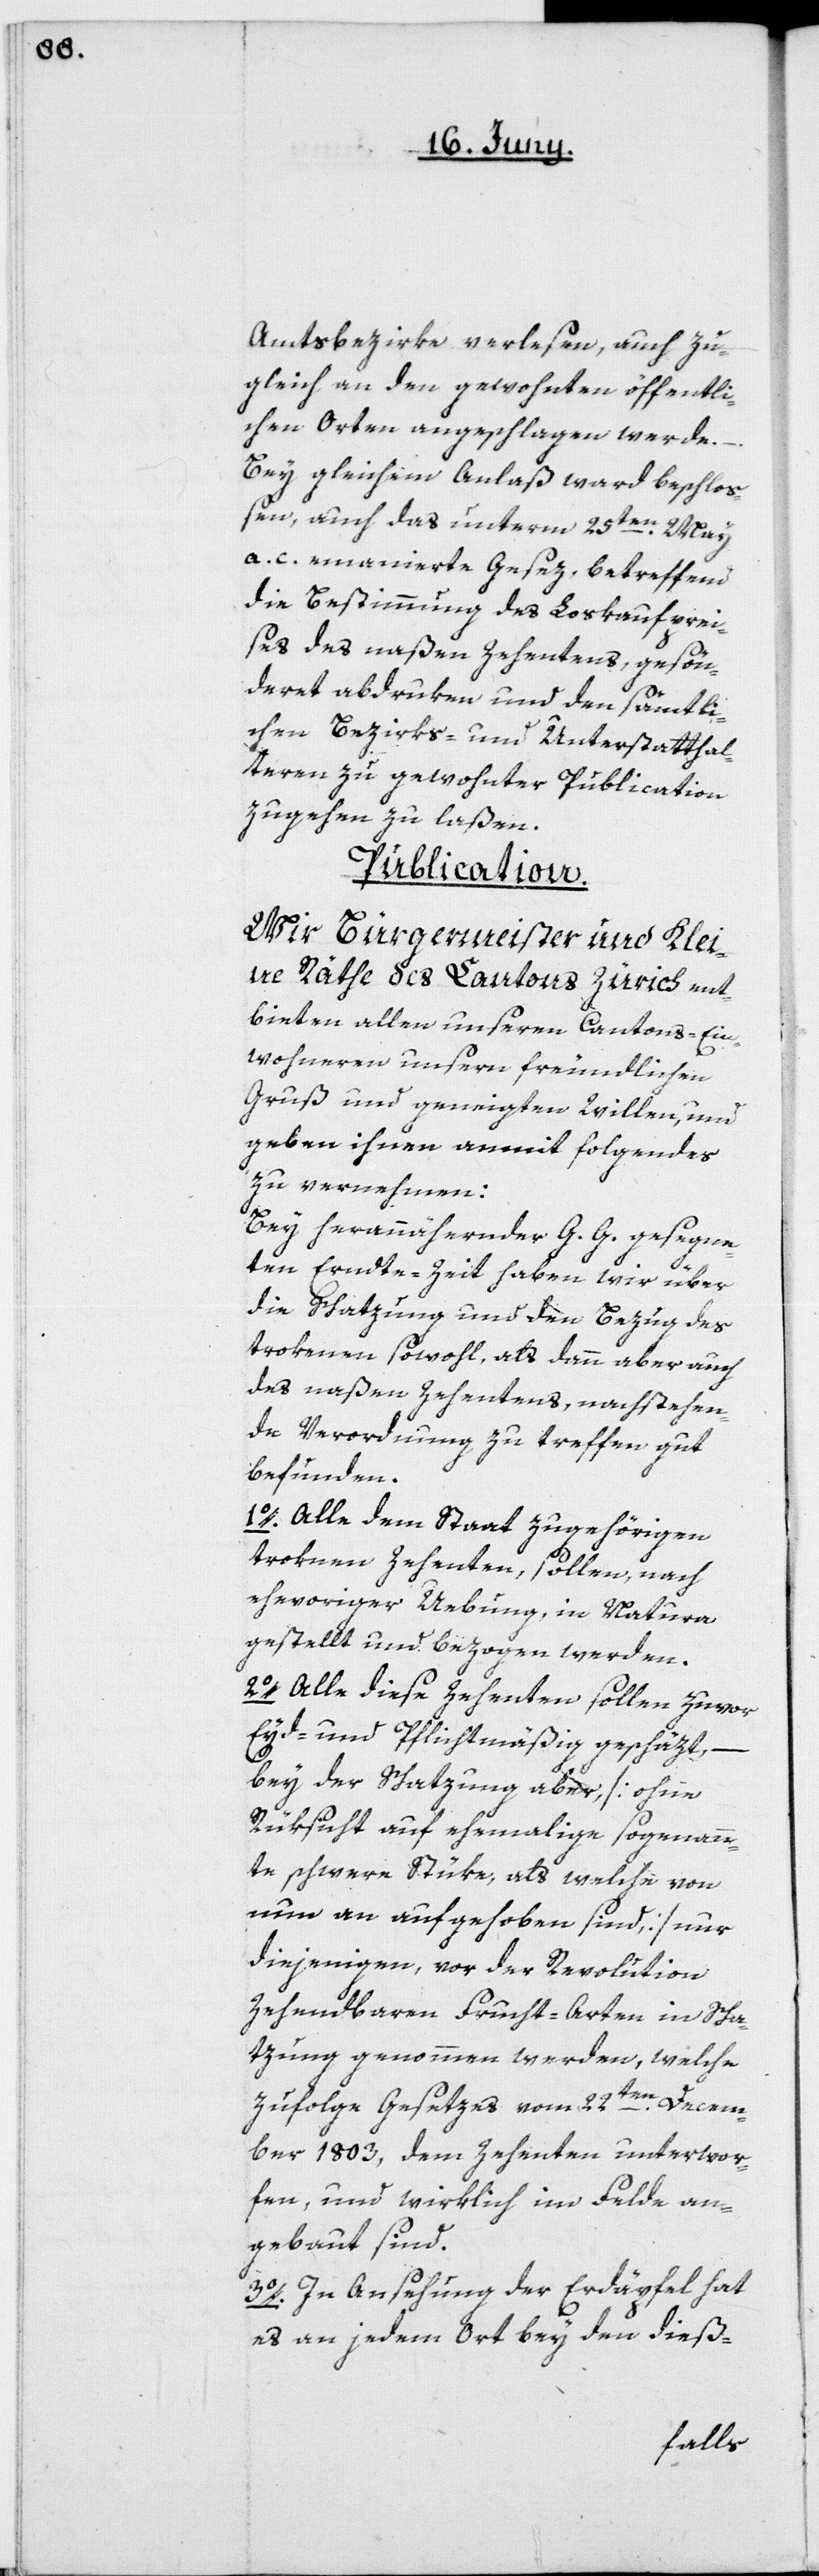
Amtsbezirke verlesen, auch zu¬
gleich an den gewohnten öffentli¬
chen Orten angeschlagen werde.
–
Bey gleichem Anlaß ward beschlo¬
ßen, auch das unterm 25ten May
a. c. emanierte Gesez, betreffend
die Bestimmung des Loskaufprei¬
ses des naßen Zehentens, gesön¬
deret abdruken und den sämtli¬
ch Bezirks- und Unterstatthal¬
teren zu gewohnter Publication
zugehen zu laßen.
Publication.
Wir Bürgermeister und Klei¬
ne Räthe des Cantons Zürich ent¬
bieten allen unseren Cantons-Ein¬
wohneren unsern freundlichen
Gruß und geneigten Willen, und
geben ihnen anmit Folgendes
zu vernehmen:
Bey herannähernder G. G. gesegne¬
ten Ernte-Zeit haben wir über
die Schatzung und den Bezug des
trokenen sowohl, als dann aber auch
des naßen Zehentens, nachstehen¬
de Verordnung zu treffen gut
befunden.
1o. Alle dem Staat zugehörigen
troknen Zehenten, sollen nach
ehevoriger Uebung in Natura
gestellt und bezogen werden.
2o. Alle diese Zehenten sollen zuvor
Eyd- und Pflichtmäßig geschäzt,
–
bey der Schatzung aber [ohne
Rüksicht auf ehemalige sogenann¬
te schwere Stüke, als welche von
nun an aufgehoben sind] nur
diejenigen, vor der Revolution
zehendbaren Frucht-Arten in Scha¬
tzung genommen werden, welche
zufolge Gesetzes vom 22ten Decem¬
ber 1803, dem Zehenten unterwor¬
fen, und wirklich im Felde an¬
gebaut sind.
3o. In Ansehung der Erdäpfel hat
es an jedem Ort bey den dieß-